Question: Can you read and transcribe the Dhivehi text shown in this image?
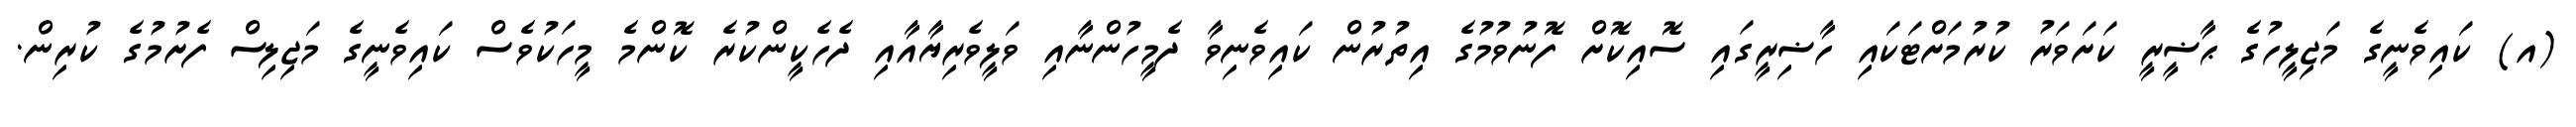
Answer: (އ) ކައިވެނީގެ މަޖިލީހުގެ ޙާޟީރީ ކަށަވަރު ކުރުމަށްޓަކައި ހާޟިރީގައި ސޮއިކޮށް ފޮނުވުމުގެ އިތުރުން ކައިވެނިވާ ދެމީހުންނާއި ވަލީވެރިޔާއާއި ދެހެކީންކުރެ ކޮންމެ މީހަކުވެސް ކައިވެނީގެ މަޖިލިސް ފެށުމުގެ ކުރިން.